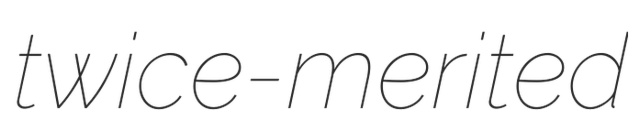
twice-merited